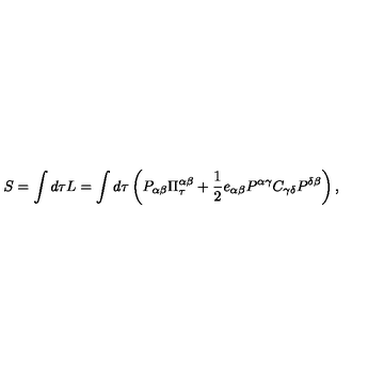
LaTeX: S = \int d \tau L = \int d \tau \left( P _ { \alpha \beta } \Pi _ { \tau } ^ { \alpha \beta } + { \frac { 1 } { 2 } } e _ { \alpha \beta } P ^ { \alpha \gamma } C _ { \gamma \delta } P ^ { \delta \beta } \right) ,